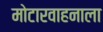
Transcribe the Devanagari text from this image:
मोटारवाहनाला